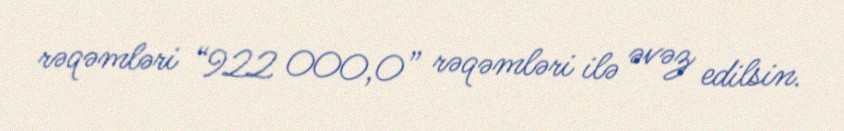
rəqəmləri “922 000,0” rəqəmləri ilə əvəz edilsin.